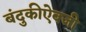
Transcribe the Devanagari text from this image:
बंदुकीऐवजी